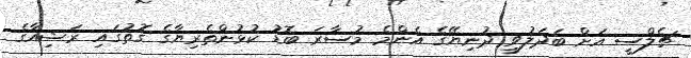
ޗެލްސީ އަށް ބަދަލުވީ ދުނިޔޭގެ އެންމެ މުސާރަ ބޮޑު ކުޅުންތެރިޔާގެ ގޮތުގައި ރަޝިއާގެ